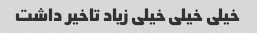
خیلی خیلی خیلی زیاد تاخیر داشت